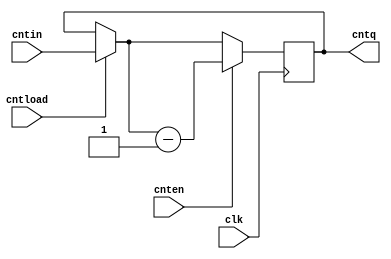
module cnt(cntin, cntload, cnten, clk, cntq);

input [3:0] cntin;
input cntload;
input cnten;
input clk;
output reg [3:0] cntq;

always@(posedge clk)
begin

if(cntload)
    begin
    cntq=cntin;
    end
else
    begin
    cntq=cntq;
    end
    
if(cnten)
    begin
    cntq=cntq-1;
    end
else
    begin
    cntq=cntq;
    end

end
endmodule